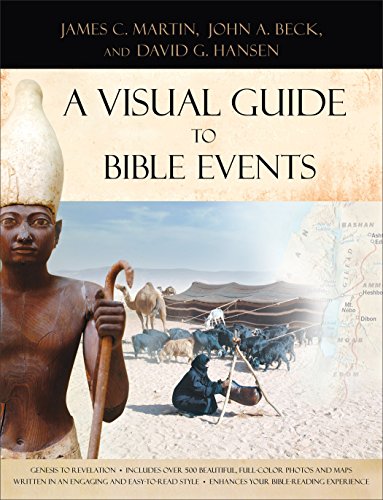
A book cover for A Visual Guide to Bible Events: Fascinating Insights into Where They Happened and Why; James C. Martin; Christian Books & Bibles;